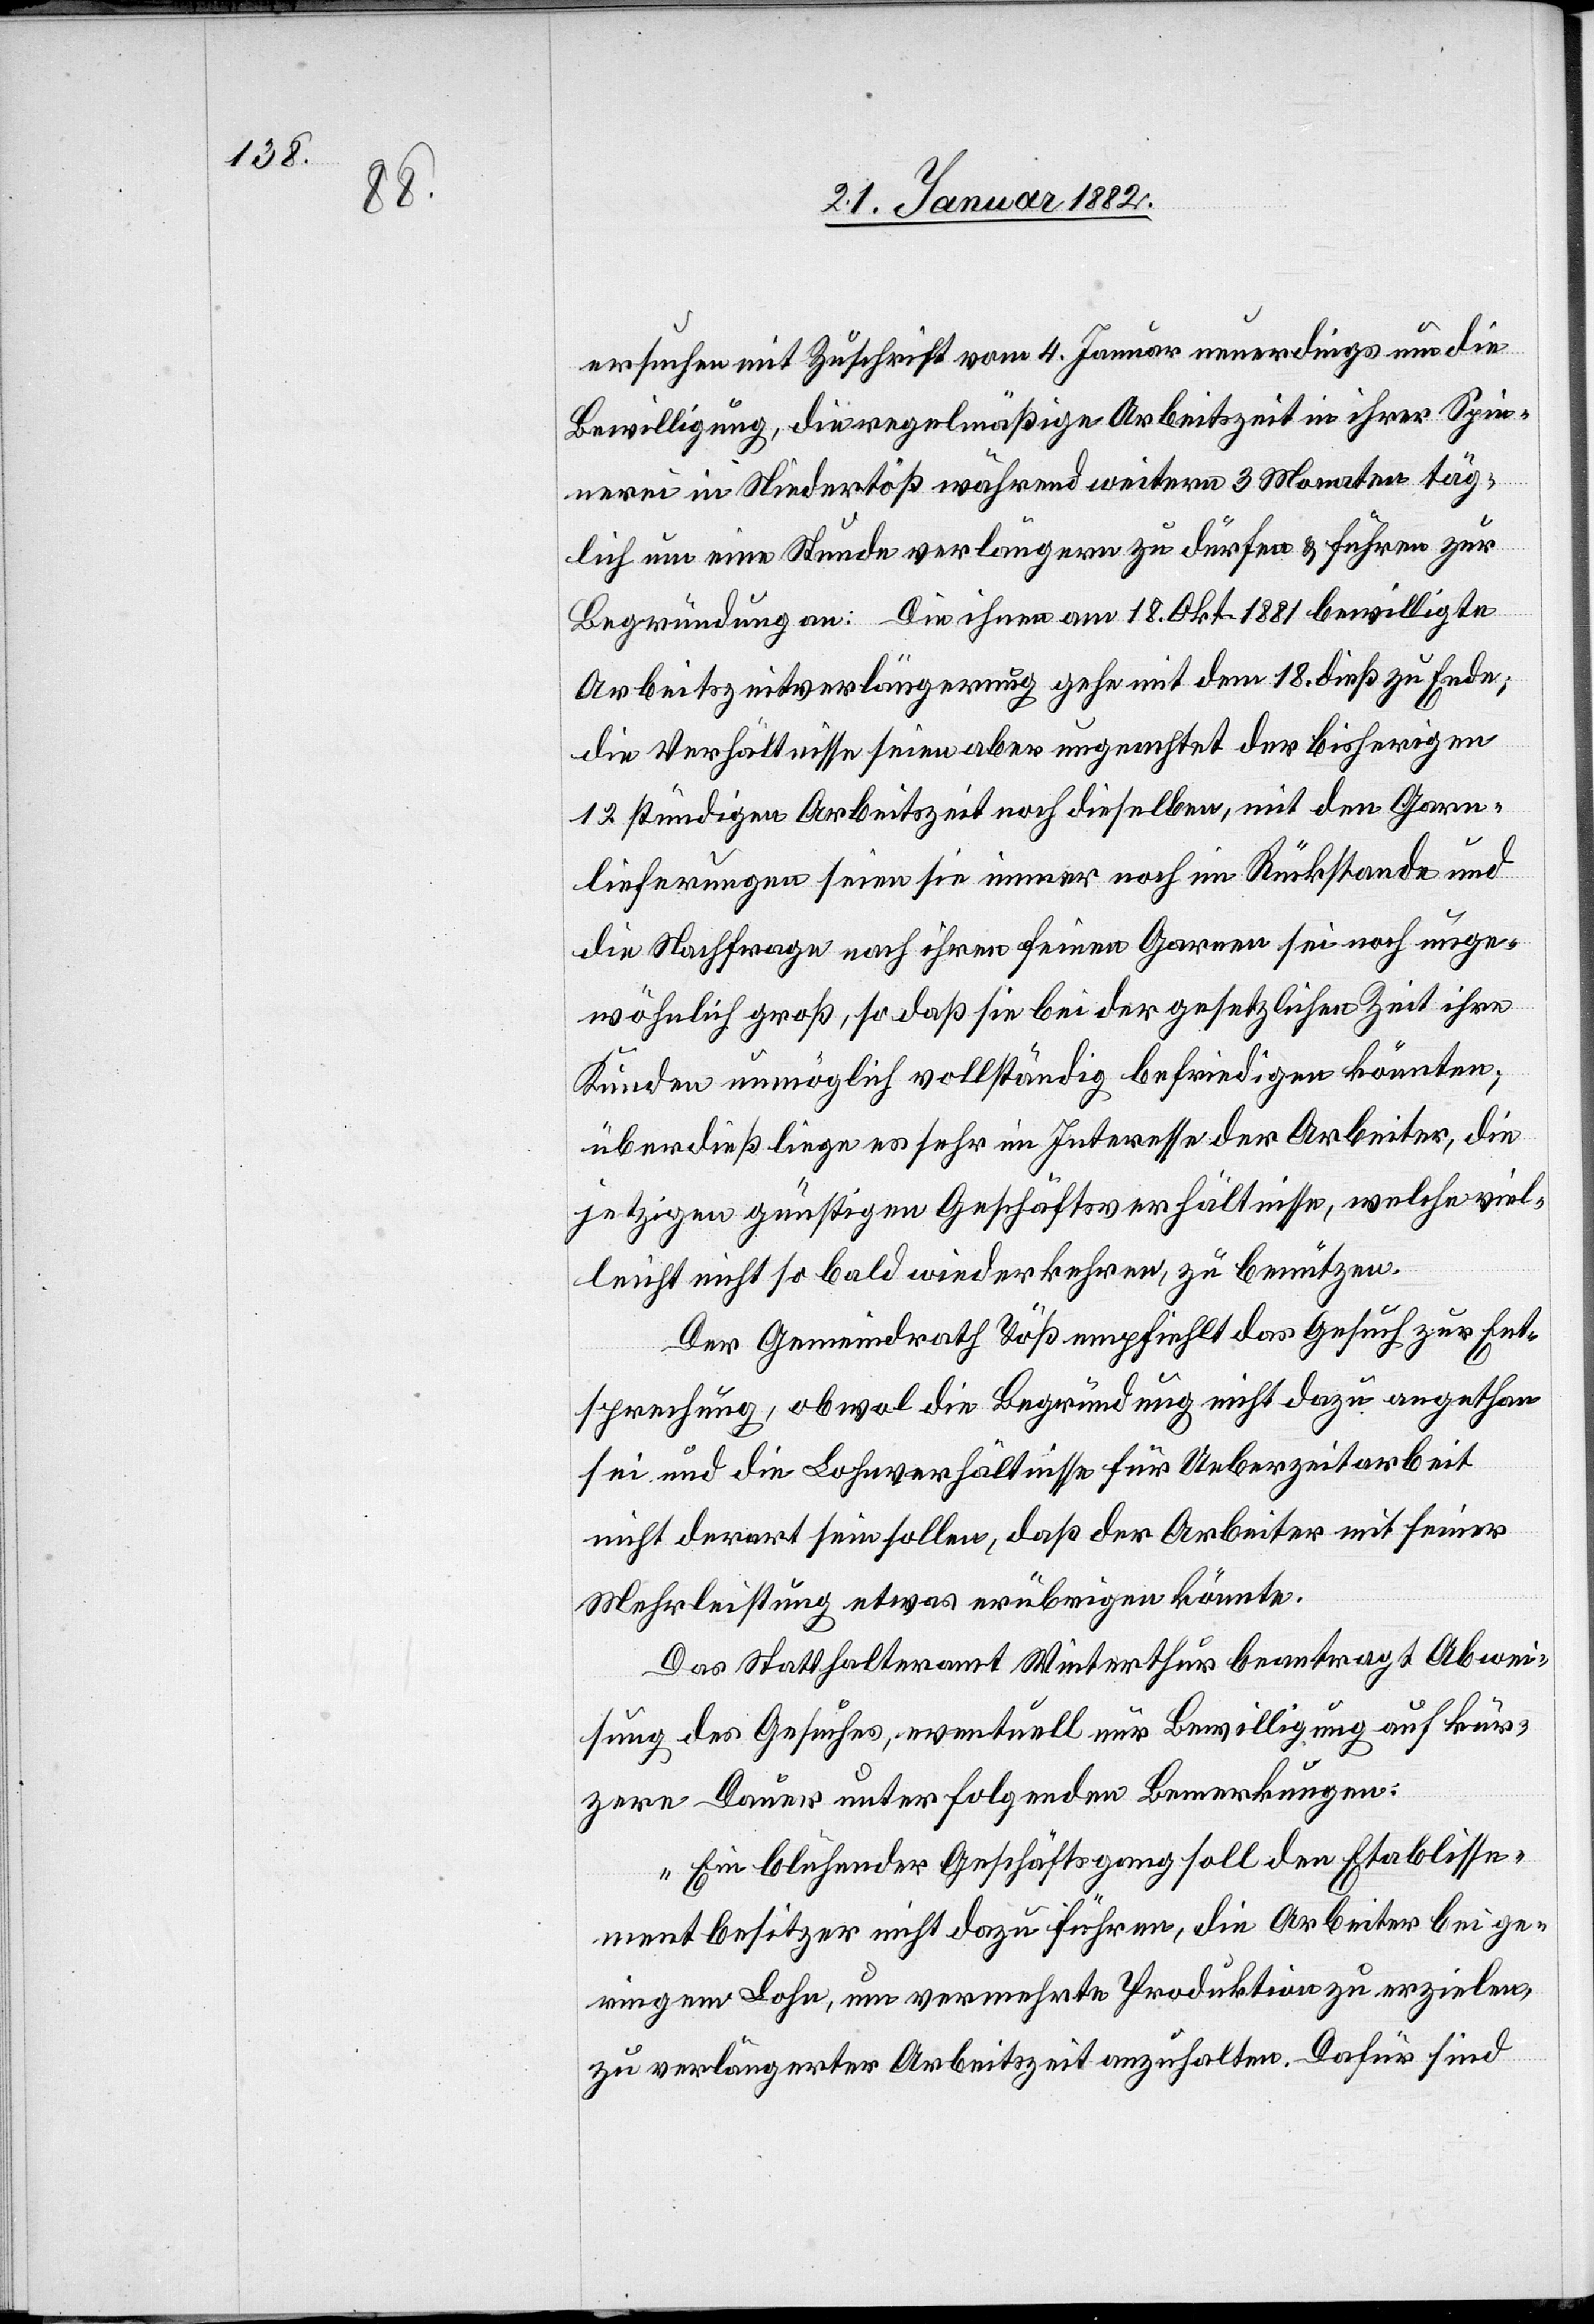
ersuchen mit Zuschrift vom 4. Januar neuerdings um die
Bewilligung, die regelmäßige Arbeitszeit in ihrer Spin¬
nerei in Niedertöß während weiteren 3 Monaten täg¬
lich um eine Stunde verlängern zu dürfen & führen zur
Begründung an: Die ihrem am 18. Okt. 1881 bewilligte
Arbeitszeitverlängerung gehe mit dem 18 dieß zu Ende;
die Verhältnisse seien aber ungeachtet der bisherigen
12 stündigen Arbeitszeit noch dieselben, mit den Garn¬
lieferungen seien sie immer noch im Rückstande und
die Nachfrage nach ihren feinen Garnen sei noch unge¬
wöhnlich groß, so daß sie bei der gesetzlichen Zeit ihre
Kunden unmöglich vollständig befriedigen könnten;
überdieß liege es sehr im Interesse der Arbeiter, die
jetzigen günstigen Geschäftsverhältnisse, welche viel¬
leicht nicht so bald wiederkehren, zu benützen.
Der Gemeindrath Töß empfiehlt das Gesuch zur Ent¬
sprechung, obwol die Begründung nicht dazu angethan
sei und die Lohnverhältnisse für Ueberzeitarbeit
nicht derart sein sollen, daß der Arbeiter mit seiner
Mehrleistung etwas erübrigen könnte.
Das Statthalteramt Winterthur beantragt Abwei¬
chung des Gesuches, eventuell nur Bewilligung auf kür¬
zere Dauer unter folgenden Bemerkungen:
„Ein bleibender Geschäftsgang soll den Etablisse¬
mentbesitzern nicht dazu führen, die Arbeiter bei ge¬
ringem Lohn, um vermehrte Produktion zu erzielen,
zu verlängerter Arbeitszeit anzuhalten. Dafür sind